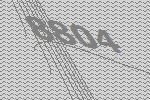
8804